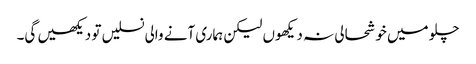
چلو میں خوشحالی نہ دیکھوں لیکن ہماری آنے والی نسلیں تو دیکھیں گی۔